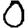
Digit: 0